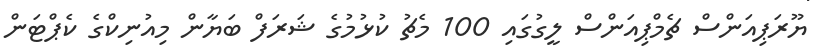
ޔޫރަޕިއަންސް ޗެމްޕިއަންސް ލީގުގައި 100 މެޗު ކުޅުމުގެ ޝަރަފް ބަޔާން މިއުނިކްގެ ކެޕްޓަން